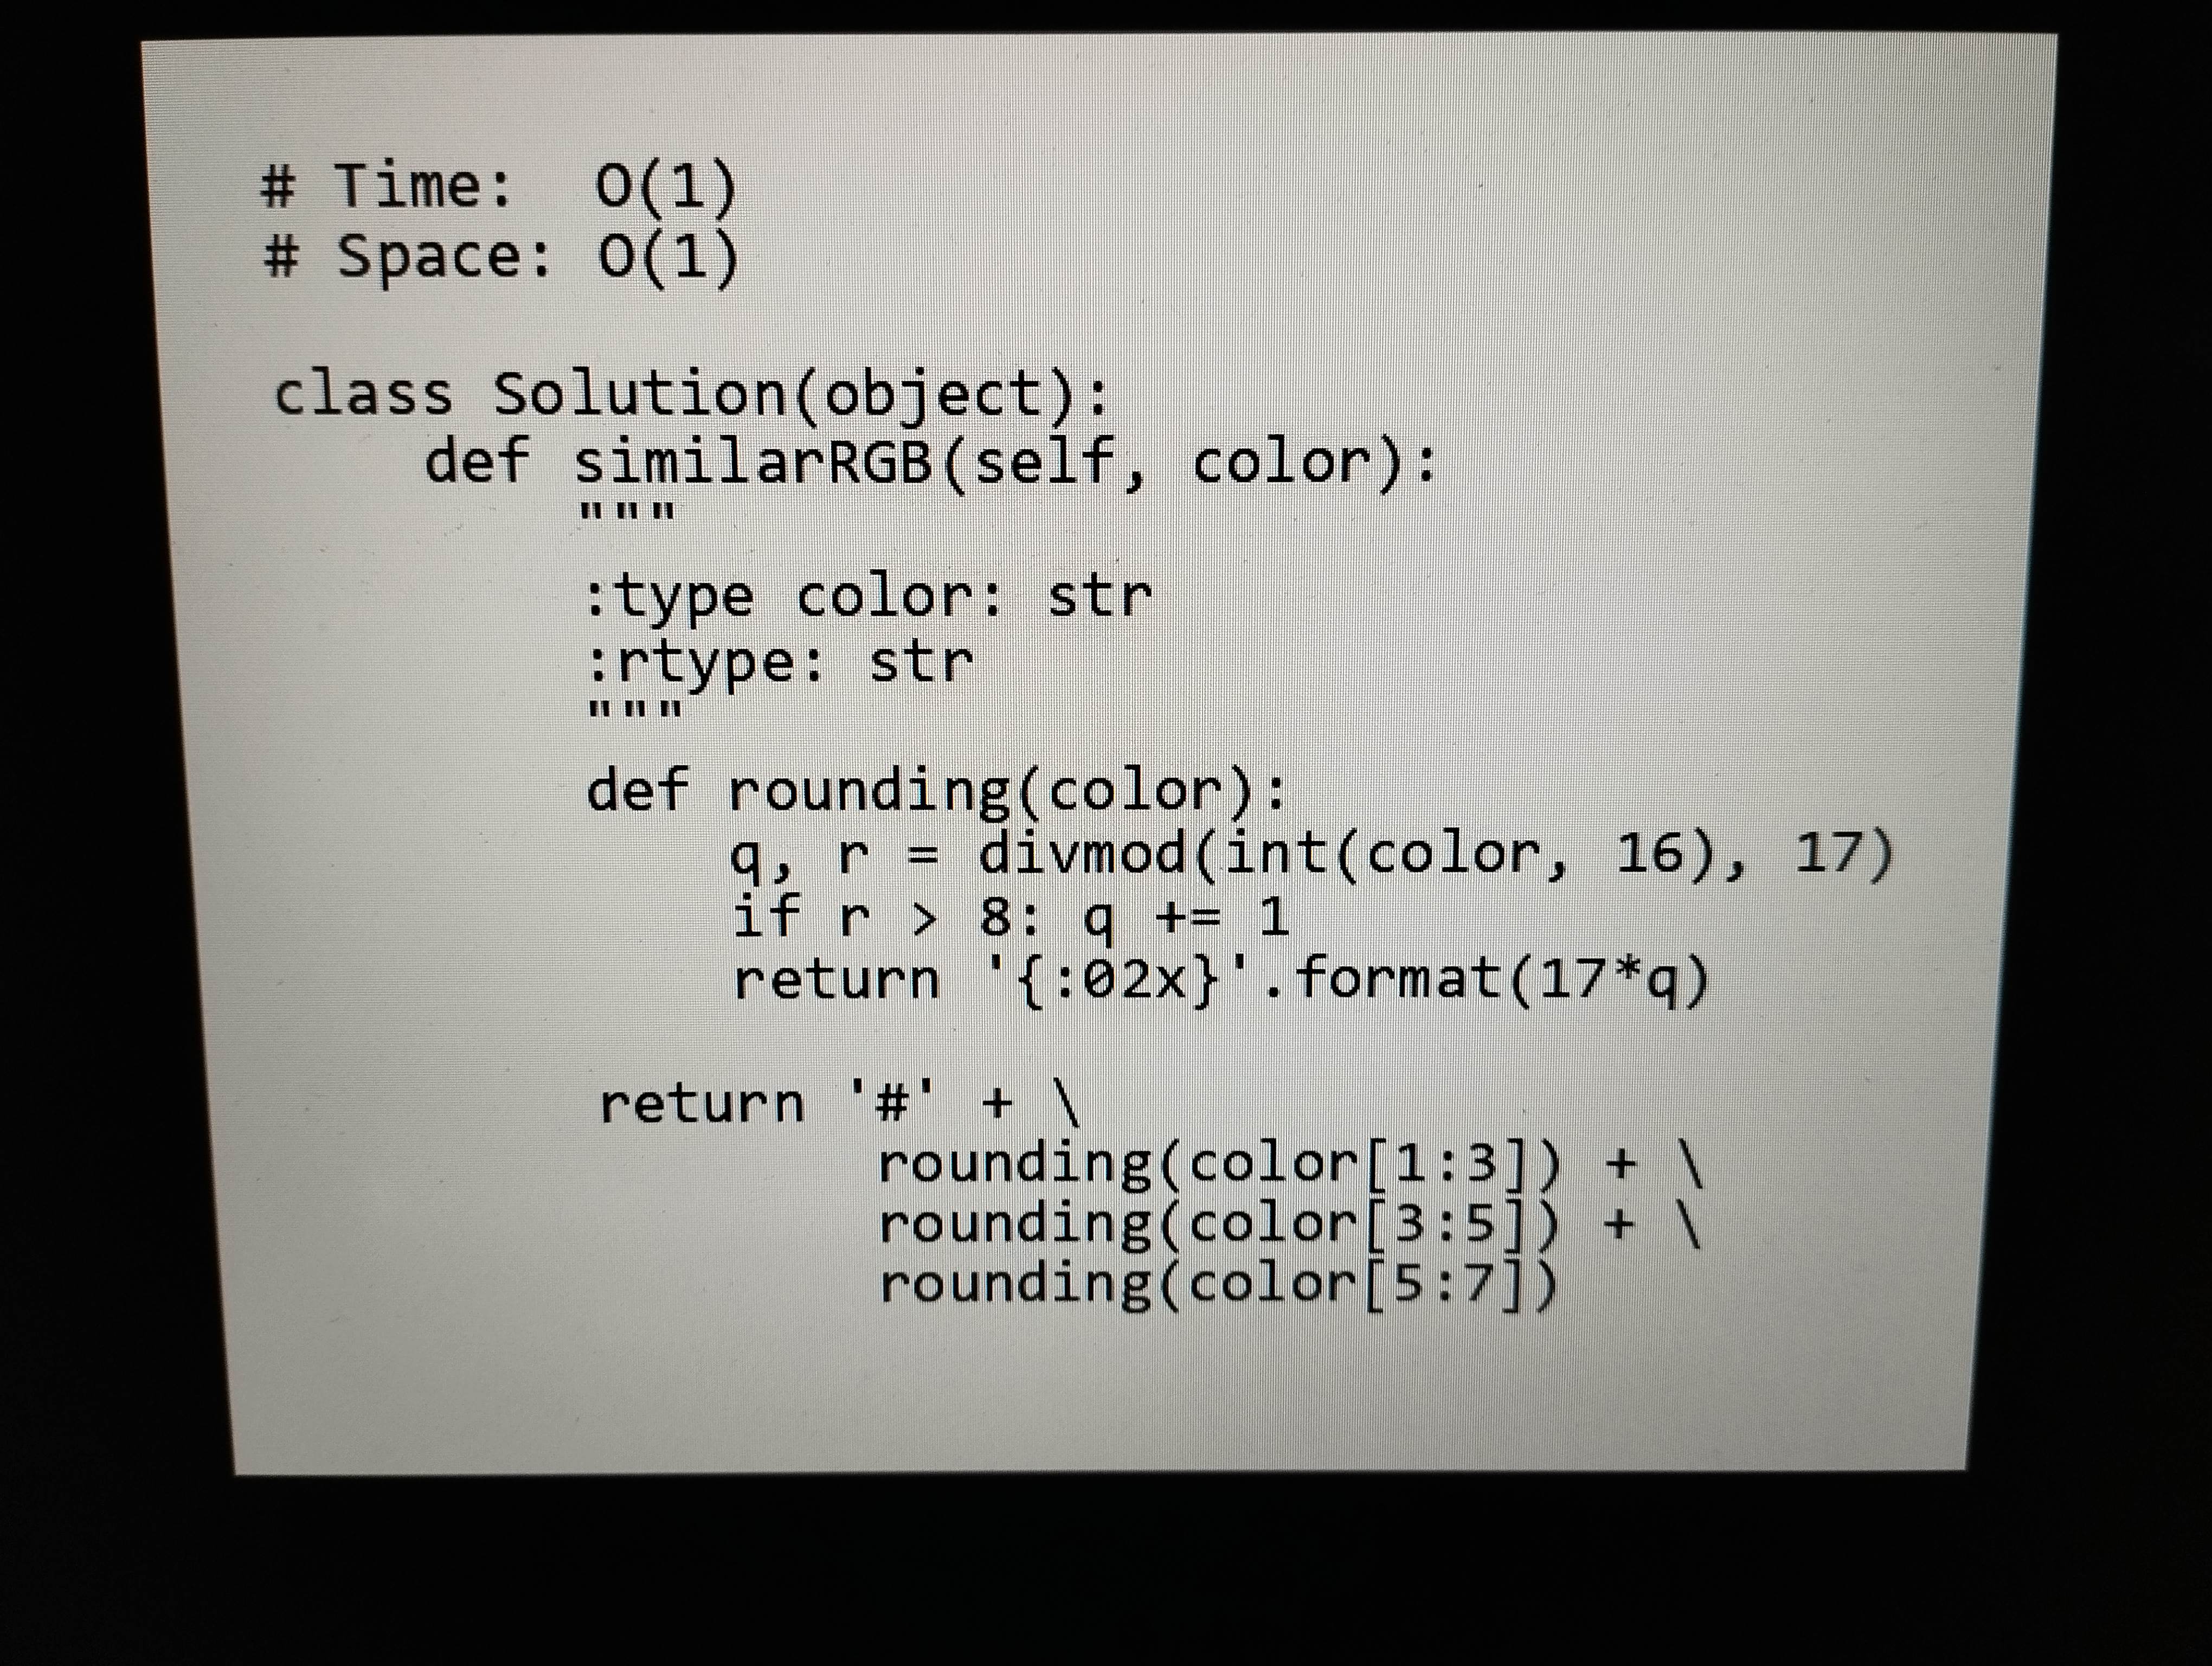
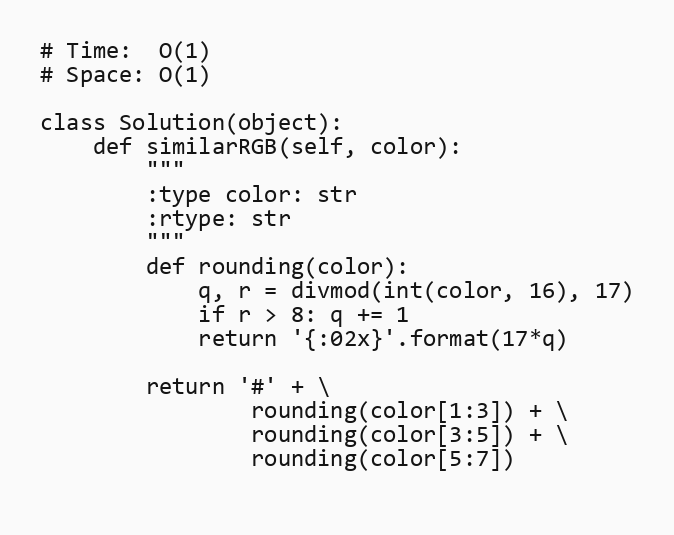
# Time:  O(1)
# Space: O(1)

class Solution(object):
    def similarRGB(self, color):
        """
        :type color: str
        :rtype: str
        """
        def rounding(color):
            q, r = divmod(int(color, 16), 17)
            if r > 8: q += 1
            return '{:02x}'.format(17*q)

        return '#' + \
                rounding(color[1:3]) + \
                rounding(color[3:5]) + \
                rounding(color[5:7])